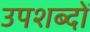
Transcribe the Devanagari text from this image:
उपशब्दों